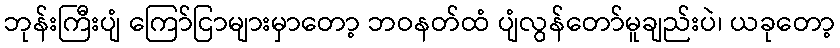
ဘုန်းကြီးပျံ ကြော်ငြာများမှာတော့ ဘဝနတ်ထံ ပျံလွန်တော်မူချည်းပဲ၊ ယခုတော့